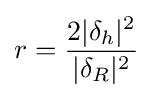
r={\frac {2|\delta _{h}|^{2}}{|\delta _{R}|^{2}}}